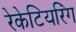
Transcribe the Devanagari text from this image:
रेकेटियरिंग